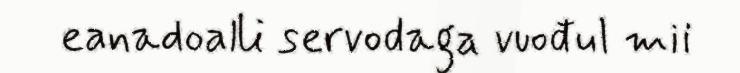
eanadoalli servodaga vuođul mii